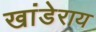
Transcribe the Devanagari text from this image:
खांडेराय